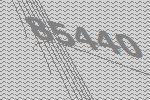
85440